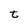
Character: t